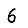
Digit: 6